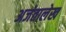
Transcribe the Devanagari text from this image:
अजंतालेख